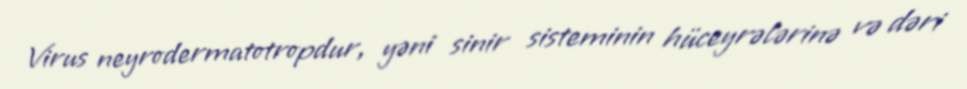
Virus neyrodermatotropdur, yəni sinir sisteminin hüceyrələrinə və dəri